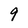
Character: 9